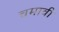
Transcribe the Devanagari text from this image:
चमावी